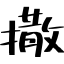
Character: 撒